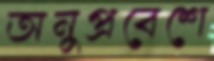
অনুপ্রবেশে